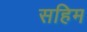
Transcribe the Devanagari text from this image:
सहिम